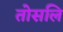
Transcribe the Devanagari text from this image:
तोसलि